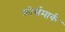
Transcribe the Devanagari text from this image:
फ़ोर्समार्क